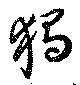
独